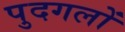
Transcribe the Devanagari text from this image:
पुदगलों